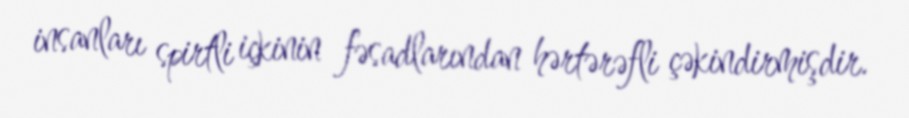
insanları spirtli içkinin fəsadlarından hərtərəfli çəkindirmişdir.